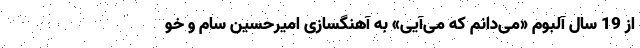
از 19 سال آلبوم «می‌دانم که می‌آیی» به آهنگسازی امیرحسین سام و خو